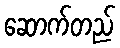
ဆောက်တည်